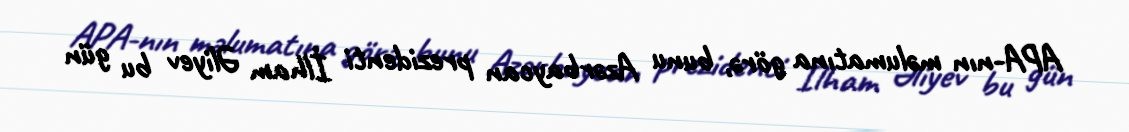
APA-nın məlumatına görə, bunu Azərbaycan prezidenti İlham Əliyev bu gün